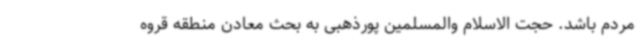
مردم باشد. حجت الاسلام والمسلمین پورذهبی به بحث معادن منطقه قروه